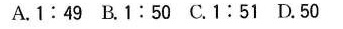
A.1:49 B.1:50 C.1:51 D.50